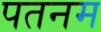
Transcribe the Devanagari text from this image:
पतनम